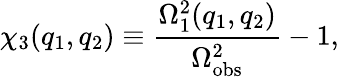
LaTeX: \chi_{3}(q_{1},q_{2})\equiv\frac{\Omega_{1}^{2}(q_{1},q_{2})}{\Omega_{\mathrm{obs}}^{2}}-1,